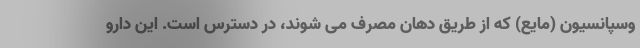
وسپانسیون (مایع) که از طریق دهان مصرف می شوند، در دسترس است. این دارو